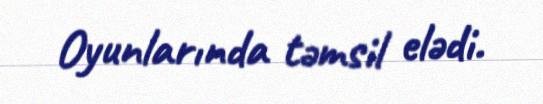
Oyunlarında təmsil elədi.